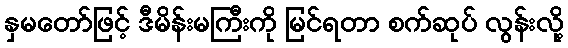
နှမတော်ဖြင့် ဒီမိန်းမကြီးကို မြင်ရတာ စက်ဆုပ် လွန်းလို့